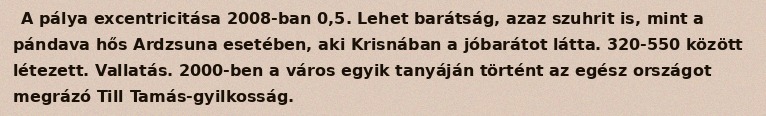
A pálya excentricitása 2008-ban 0,5. Lehet barátság, azaz szuhrit is, mint a pándava hős Ardzsuna esetében, aki Krisnában a jóbarátot látta. 320-550 között létezett. Vallatás. 2000-ben a város egyik tanyáján történt az egész országot megrázó Till Tamás-gyilkosság.